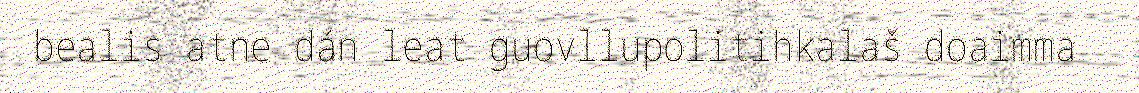
bealis atne dán leat guovllupolitihkalaš doaimma